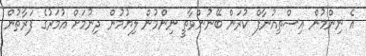
އެ ނިންމުން އިސްތިއުނާފް ކުރަން ބޭނުންވާތީ ނިންމުން ލިޔުމުން ދިނުމަށް އުމަރުގެ ފަރާތުން